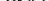
材料